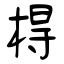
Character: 棏